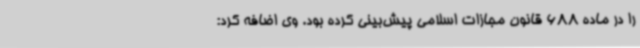
را در ماده 688 قانون مجازات اسلامی پیش‌بینی کرده بود. وی اضافه کرد: